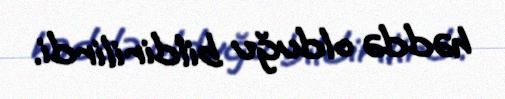
həddə olduğu bildirilirdi.